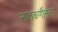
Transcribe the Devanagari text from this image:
सातकर्णीनंतर